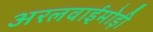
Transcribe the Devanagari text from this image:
अरलवाईमोड़ी